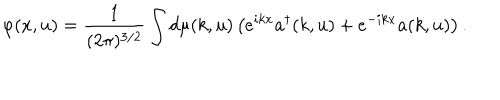
LaTeX: \varphi ( x , u ) = \frac { 1 } { ( 2 \pi ) ^ { 3 / 2 } } \int d \mu ( k , u ) \left( e ^ { i k x } a ^ { \dagger } ( k , u ) + e ^ { - i k x } a ( k , u ) \right) .